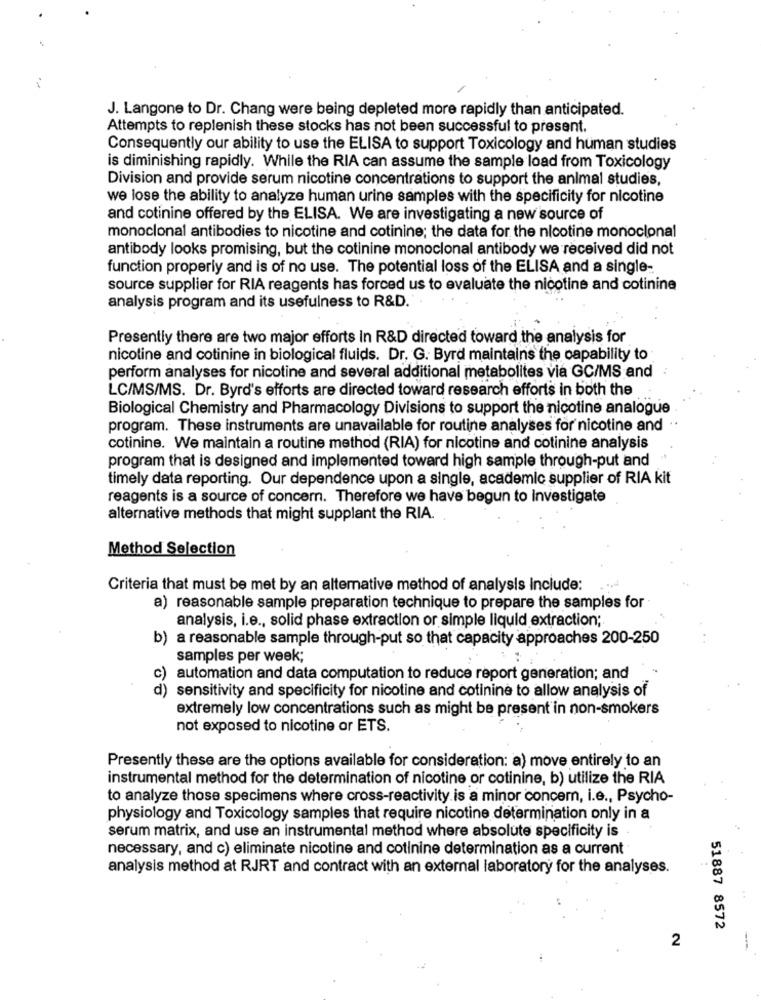
J. Langone to Dr. Chang were being depleted more rapidly than anticipated.
Attempts to replenish these stocks has not been successful to present.
Consequently our ability to use the ELISA to support Toxicology and human studies
is diminishing rapidly. While the RIA can assume the sample load from Toxicology
Division and provide serum nicotine concentrations to support the animal studies,
we lose the ability to analyze human urine samples with the specificity for nicotine
and cotinine offered by the ELISA. We are investigating a new source of
monoclonal antibodies to nicotine and cotinine; the data for the nicotine monoclonal
antibody looks promising, but the cotinine monoclonal antibody we received did not
function properly and is of no use. The potential loss of the ELISA and a single-
source supplier for RIA reagents has forced us to evaluate the nicotine and cotinine
analysis program and its usefulness to R&D.
Presently there are two major efforts in R&D directed toward the analysis for
nicotine and cotinine in biological fluids. Dr. G. Byrd maintains the capability to
perform analyses for nicotine and several additional metabolites via GC/MS and
LC/MS/MS. Dr. Byrd's efforts are directed toward research efforts in both the
Biological Chemistry and Pharmacology Divisions to support the nicotine analogue
program. These instruments are unavailable for routine analyses for nicotine and
cotinine. We maintain a routine method (RIA) for nicotine and cotinine analysis
program that is designed and implemented toward high sample through-put and
timely data reporting. Our dependence upon a single, academic supplier of RIA kit
reagents is a source of concern. Therefore we have begun to Investigate
alternative methods that might supplant the RIA.
Method Selection
Criteria that must be met by an alternative method of analysis Include:
a) reasonable sample preparation technique to prepare the samples for
analysis, i.e ., solid phase extraction or simple liquid extraction;
b) a reasonable sample through-put so that capacity approaches 200-250
samples per week;
c)
automation and data computation to reduce report generation; and
) sensitivity and specificity for nicotine and cotinine to allow analysis of
extremely low concentrations such as might be present in non-smokers
not exposed to nicotine or ETS.
Presently these are the options available for consideration: a) move entirely to an
instrumental method for the determination of nicotine or cotinine, b) utilize the RIA
to analyze those specimens where cross-reactivity is a minor concem, i.e ., Psycho-
physiology and Toxicology samples that require nicotine determination only in a
serum matrix, and use an instrumental method where absolute specificity is
necessary, and c) eliminate nicotine and cotinine determination as a current
analysis method at RJRT and contract with an external laboratory for the analyses.
51887 8572
2